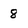
Character: 8